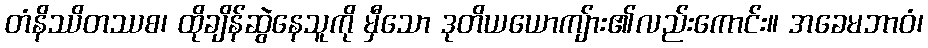
တံနိဿိတဿစ၊ ထိုချိန်ဆွဲနေသူကို မှီသော ဒုတိယယောကျ်ား၏လည်းကောင်း။ အခေမဘာဝံ၊